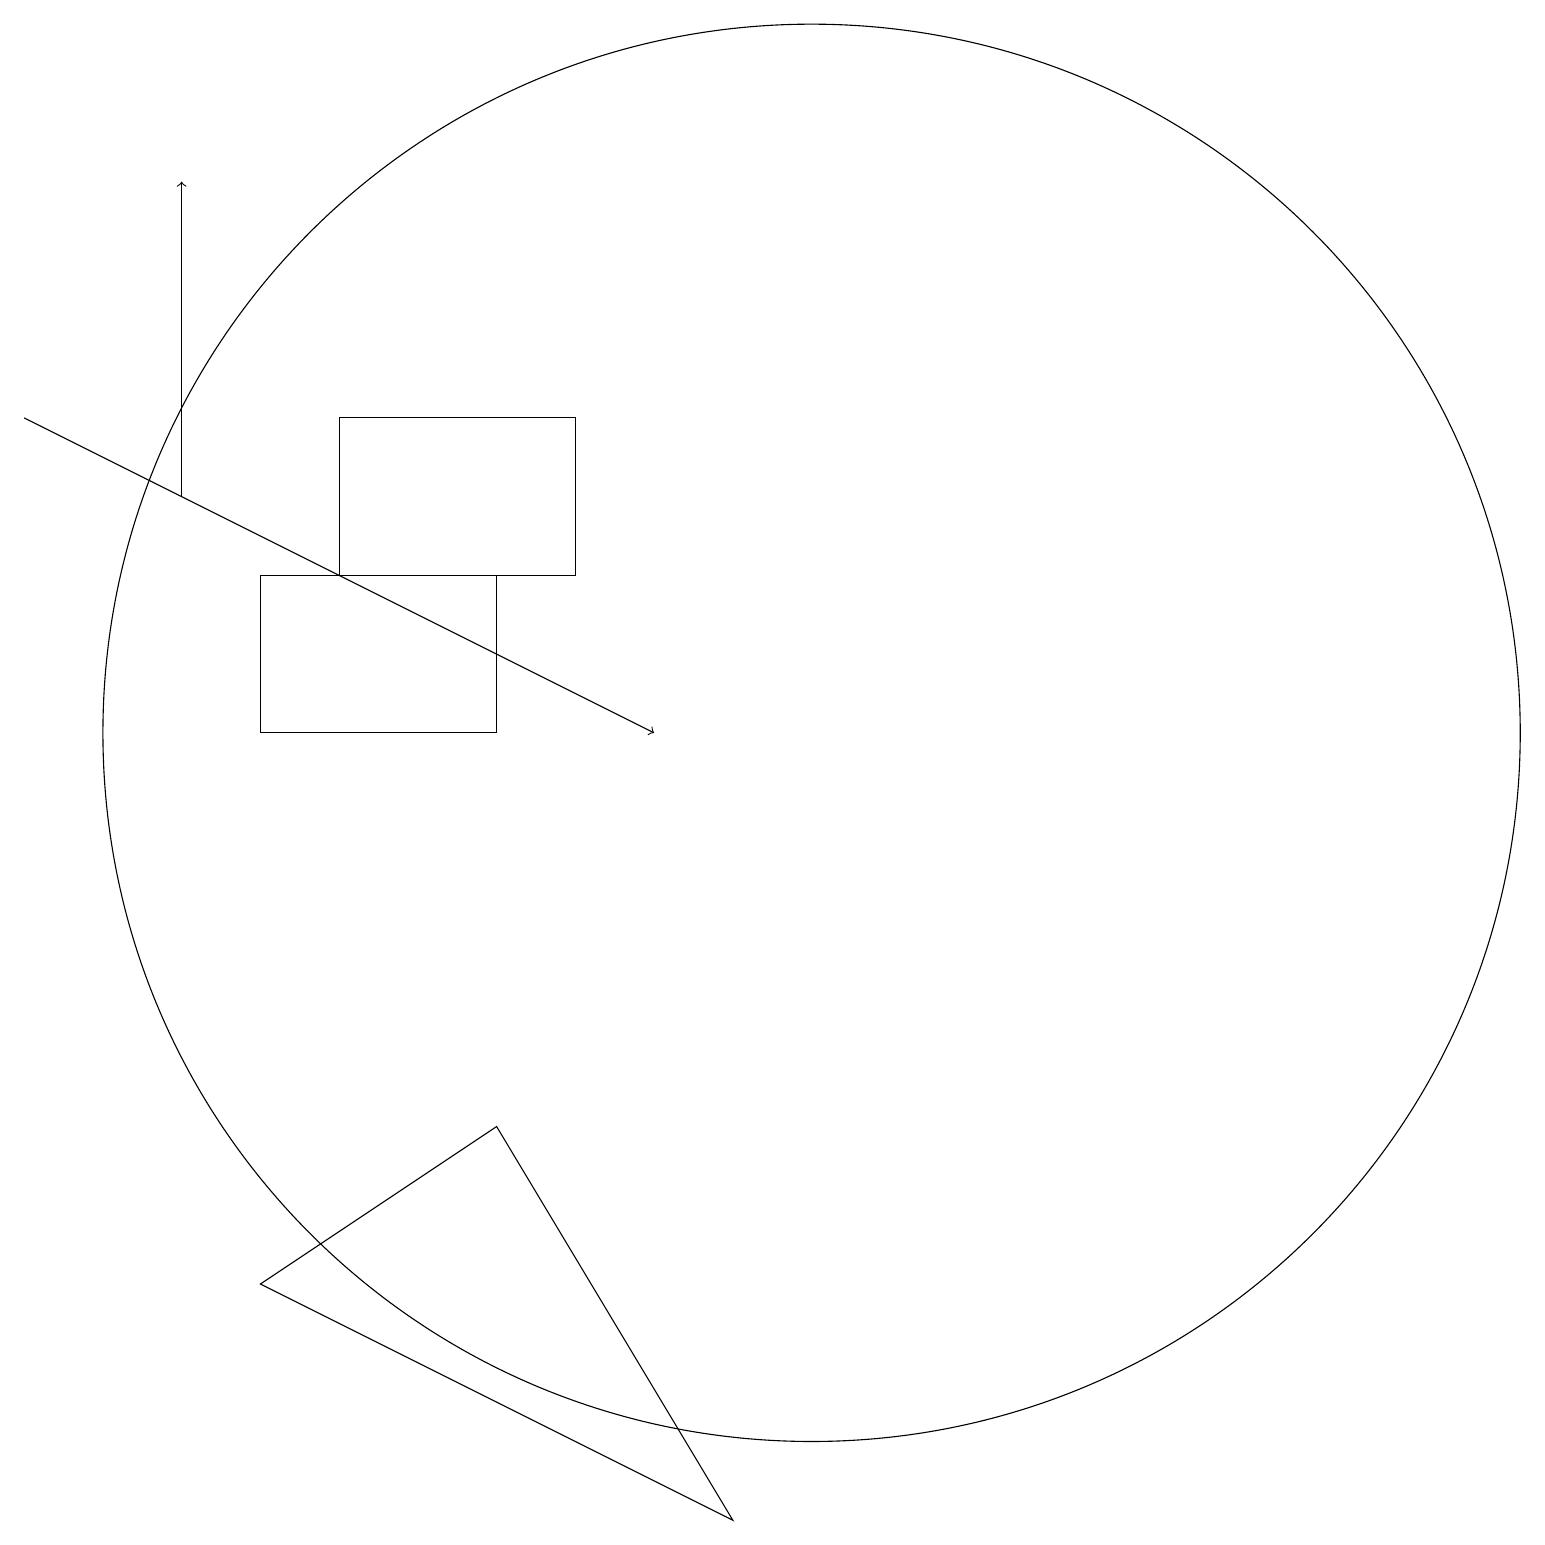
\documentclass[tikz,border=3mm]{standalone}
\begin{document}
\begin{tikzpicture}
\draw (7,12) rectangle (4,14);
\draw (6,5) -- (3,3) -- (9,0) -- cycle;
\draw[->] (2,13) -- (2,17);
\draw (10,10) circle (9);
\draw (10,10) circle (0);
\draw (3,12) rectangle (6,10);
\draw[->] (0,14) -- (8,10);
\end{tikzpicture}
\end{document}